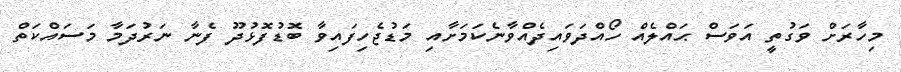
މިހާރަށް ވަގުތީ އަވަސް ޙައްލެއް ހޯއްދަވައިދެއްވާނެކަމަށާއި މަޑުޖެހިފައިވާ ބޮޑުފޮޅުދޫ ފެނާ ނަރުދަމާ މަސައްކަތް